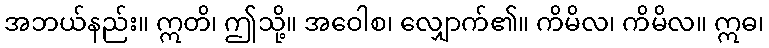
အဘယ်နည်း။ ဣတိ၊ ဤသို့။ အဝေါစ၊ လျှောက်၏။ ကိမိလ၊ ကိမိလ။ ဣဓ၊